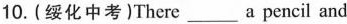
10. (绥化中考)There___a pencil and